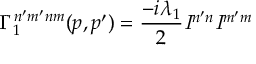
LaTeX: \Gamma _ { 1 } ^ { n ^ { \prime } m ^ { \prime } n m } ( p , p ^ { \prime } ) = \frac { - i \lambda _ { 1 } } { 2 } { \it I } ^ { n ^ { \prime } n } { \it I } ^ { m ^ { \prime } m }